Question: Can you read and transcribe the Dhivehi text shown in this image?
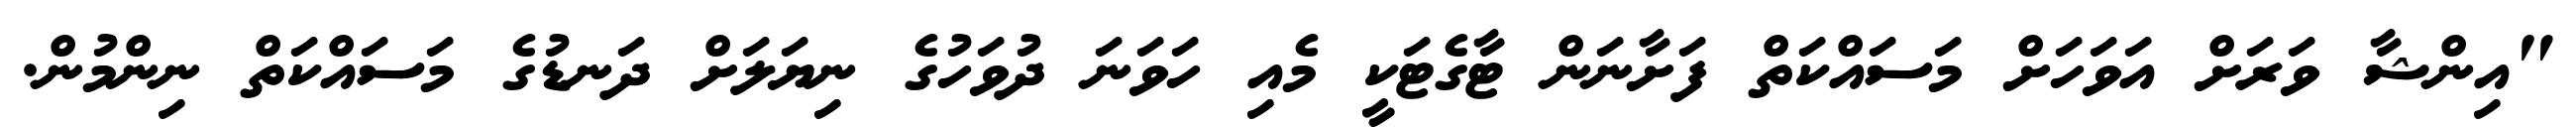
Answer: "އިންޝާ ވަރަށް އަވަހަށް މަސައްކަތް ފަށާނަން ޓާގެޓަކީ މެއި ހަވަނަ ދުވަހުގެ ނިޔަލަށް ދަނޑުގެ މަސައްކަތް ނިންމުން.